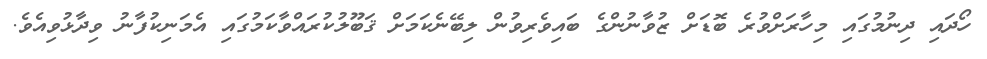
ހޯދައި ދިނުމުގައި މިހާރަށްވުރެ ބޮޑަށް ޒުވާނުންގެ ބައިވެރިވުން ލިބޭނެކަމަށް ޤަބޫލުކުރައްވާކަމުގައި އެމަނިކުފާނު ވިދާޅުވިއެވެ.